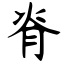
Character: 脊